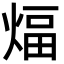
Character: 煏